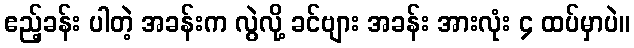
ဧည့်ခန်း ပါတဲ့ အခန်းက လွဲလို့ ခင်ဗျား အခန်း အားလုံး ၄ ထပ်မှာပဲ။